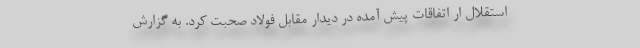
استقلال ار اتفاقات پیش آمده در دیدار مقابل فولاد صحبت کرد. به گزارش